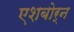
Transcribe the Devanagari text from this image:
एशबोर्न